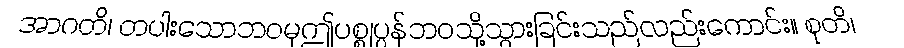
အာဂတိ၊ တပါးသောဘဝမှဤပစ္စုပ္ပန်ဘဝသို့သွားခြင်းသည်လည်းကောင်း။ စုတိ၊